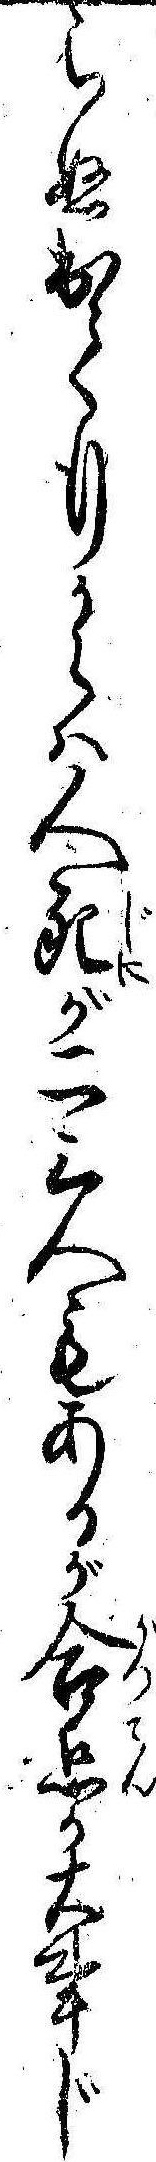
らぬ出て行からは人死が二三人もあるが合点か大事じ